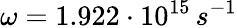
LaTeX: \omega=1.922\cdot 10^{15}\, s^{-1}